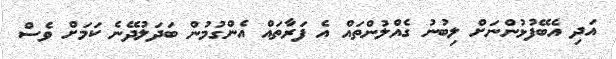
އަދި އެބޭފުޅުންނަށް ލިބުނު ގެއްލުންތައް އެ ފަރާތައް އެންގުމުން ބަދަލުދޭނެ ކަމަށް ވެސް